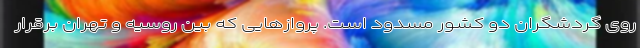
روی گردشگران دو کشور مسدود است. پروازهایی که بین روسیه و تهران برقرار